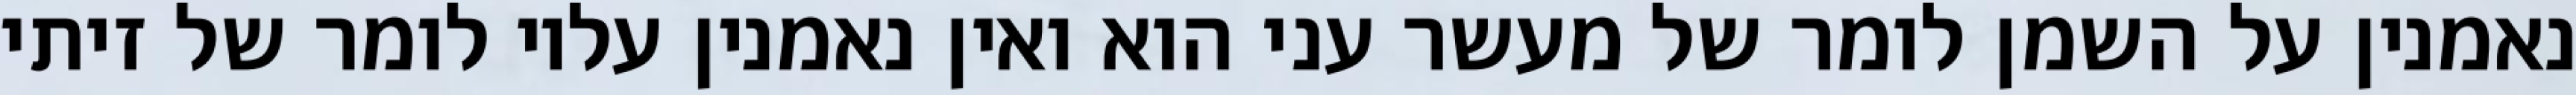
נאמנין על השמן לומר של מעשר עני הוא ואין נאמנין עליו לומר של זיתי